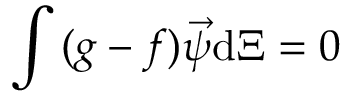
\int { ( g - f ) \vec { \psi } \mathrm { d } \Xi } = 0